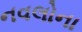
નવલોના